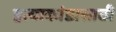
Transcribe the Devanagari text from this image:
हत्याकांडासाठी